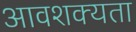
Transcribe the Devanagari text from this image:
आवशक्यता